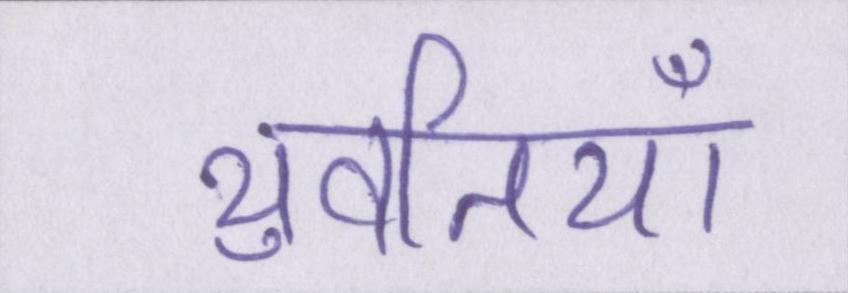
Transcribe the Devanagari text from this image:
युवतियाँ